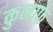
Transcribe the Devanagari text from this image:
कुनाफे